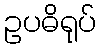
ဥပဓိရုပ်